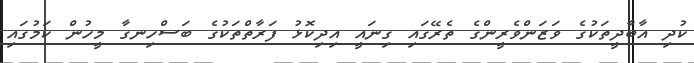
ކުދި އާބާދީތަކުގެ ވަޒަންވެރީންގެ ތެރޭގައި ގިނައީ އިދިކޮޅު ފަރާތްތަކުގެ ބަސްހިނގާ މީހުން ކަމުގައި